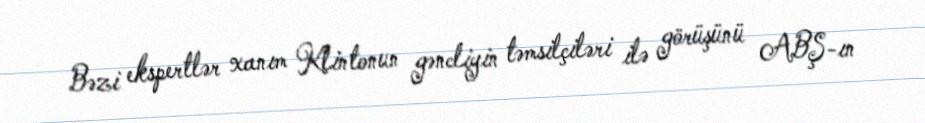
Bəzi ekspertlər xanım Klintonun gəncliyin təmsilçiləri ilə görüşünü ABŞ-ın